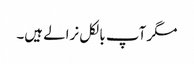
مگر آپ بالکل نرالے ہیں۔